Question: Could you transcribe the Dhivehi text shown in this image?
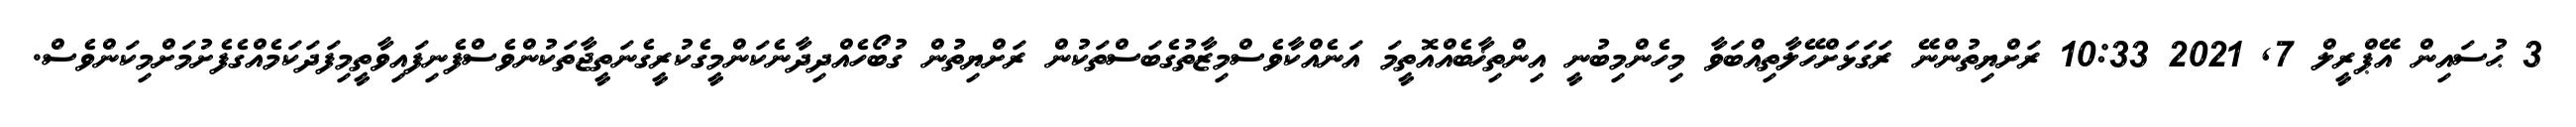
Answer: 3 ޙުސައިން އޭޕްރީލް 7, 2021 10:33 ރަށްޔިތުންނޭ ރަގަޅަށްހޭލާތިއްބަވާ މިހެންމިބުނީ އިންތިޚާބެއްއޮތީމަ އަނެއްކާވެސްމިޒާތުގެބަސްތަކުން ރަށްޔިތުން ގުބޯހެއްދިދާނެކަންމީގެކުރީގެނަތީޖާތަކުންވެސްފެނިފައިވާތީމިފަދަކަމެއްގެފެށުމަށްމިކަންވެސް.